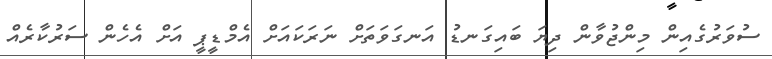
ސުވަރުގެއިން މިންޖުވާން ދިޔަ ބައިގަނޑު އަނގަވަތަށް ނަރަކައަށް އެމްޑީޕީ އަށް އެހެން ސަރުކާރެއް